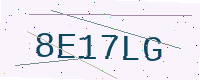
Text: 8E17LG